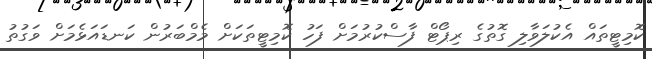
ކޮމިޓީތައް އެކުލަވާލި ގޮތުގެ ރިޕޯޓް ފާސްކުރުމަށް ފަހު ކޮމިޓީތަކަށް މެމްބަރުން ކަނޑައަޅެމަށް ވަގުތު